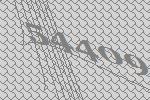
54409